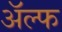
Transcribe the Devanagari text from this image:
अॅल्फ